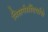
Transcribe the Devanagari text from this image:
निसर्गसौंदर्याचे